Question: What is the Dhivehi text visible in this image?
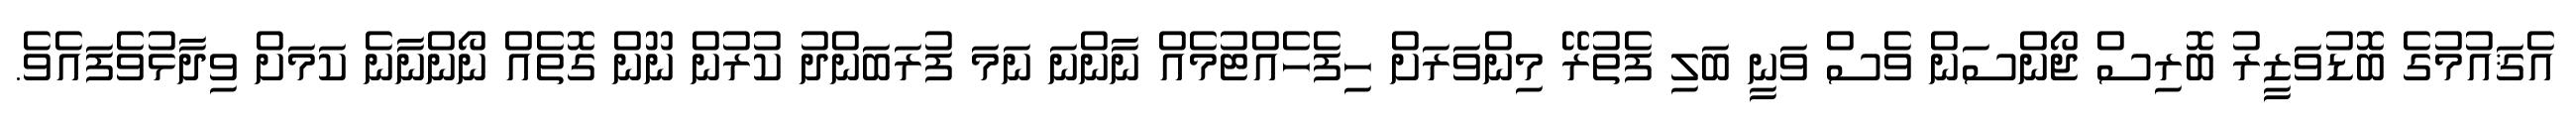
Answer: އެޤައުމުގެ ބޮޑުވަޒީރު ބޮރިސް ޖޯންސަން ވެސް ވަނީ ބަލި ފެތުރޭ މިންވަރަށް ހިފެހެއްޓުމެއް ނާންނަ ނަމަ ފުރަބަންދު ކުރުން ނޫން ގޮތެއް ނޯންނާނެ ކަމަށް ވިދާޅުވެފައެވެ.